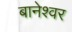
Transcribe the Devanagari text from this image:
बानेश्वर